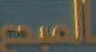
المبع